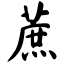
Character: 蔗